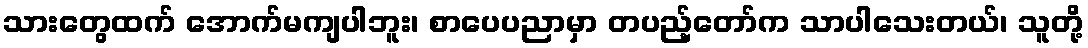
သားတွေထက် အောက်မကျပါဘူး၊ စာပေပညာမှာ တပည့်တော်က သာပါသေးတယ်၊ သူတို့